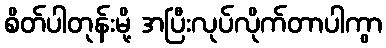
စိတ်ပါတုန်းမို့ အပြီးလုပ်လိုက်တာပါကွာ